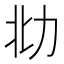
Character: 𰅋